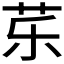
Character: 𱽚